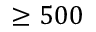
\ge 5 0 0